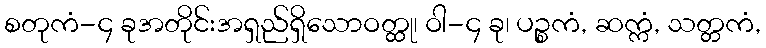
စတုကံ-၄ ခုအတိုင်းအရှည်ရှိသောဝတ္ထု၊ ဝါ-၄ ခု၊ ပဉ္စကံ, ဆက္ကံ, သတ္တကံ,